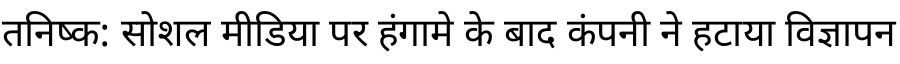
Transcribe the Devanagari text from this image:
तनिष्क: सोशल मीडिया पर हंगामे के बाद कंपनी ने हटाया विज्ञापन